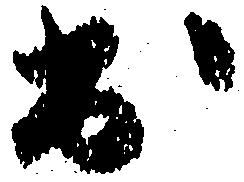
出